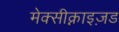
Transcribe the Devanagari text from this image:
मेक्सीक्नाइज़ड